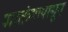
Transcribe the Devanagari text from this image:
पारतंत्र्यापासून